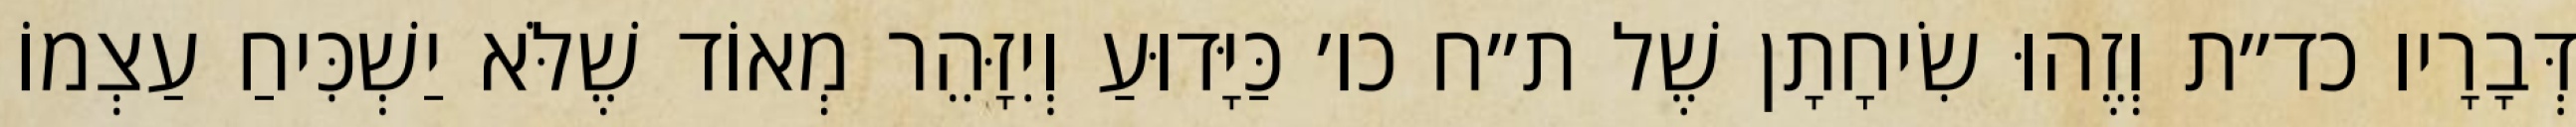
דְּבָרָיו כד״ת וְזֶהוּ שִׂיחָתָן שֶׁל ת״ח כו׳ כַּיָּדוּעַ וְיִזָּהֵר מְאוֹד שֶׁלֹּא יַשְׁכִּיחַ עַצְמוֹ